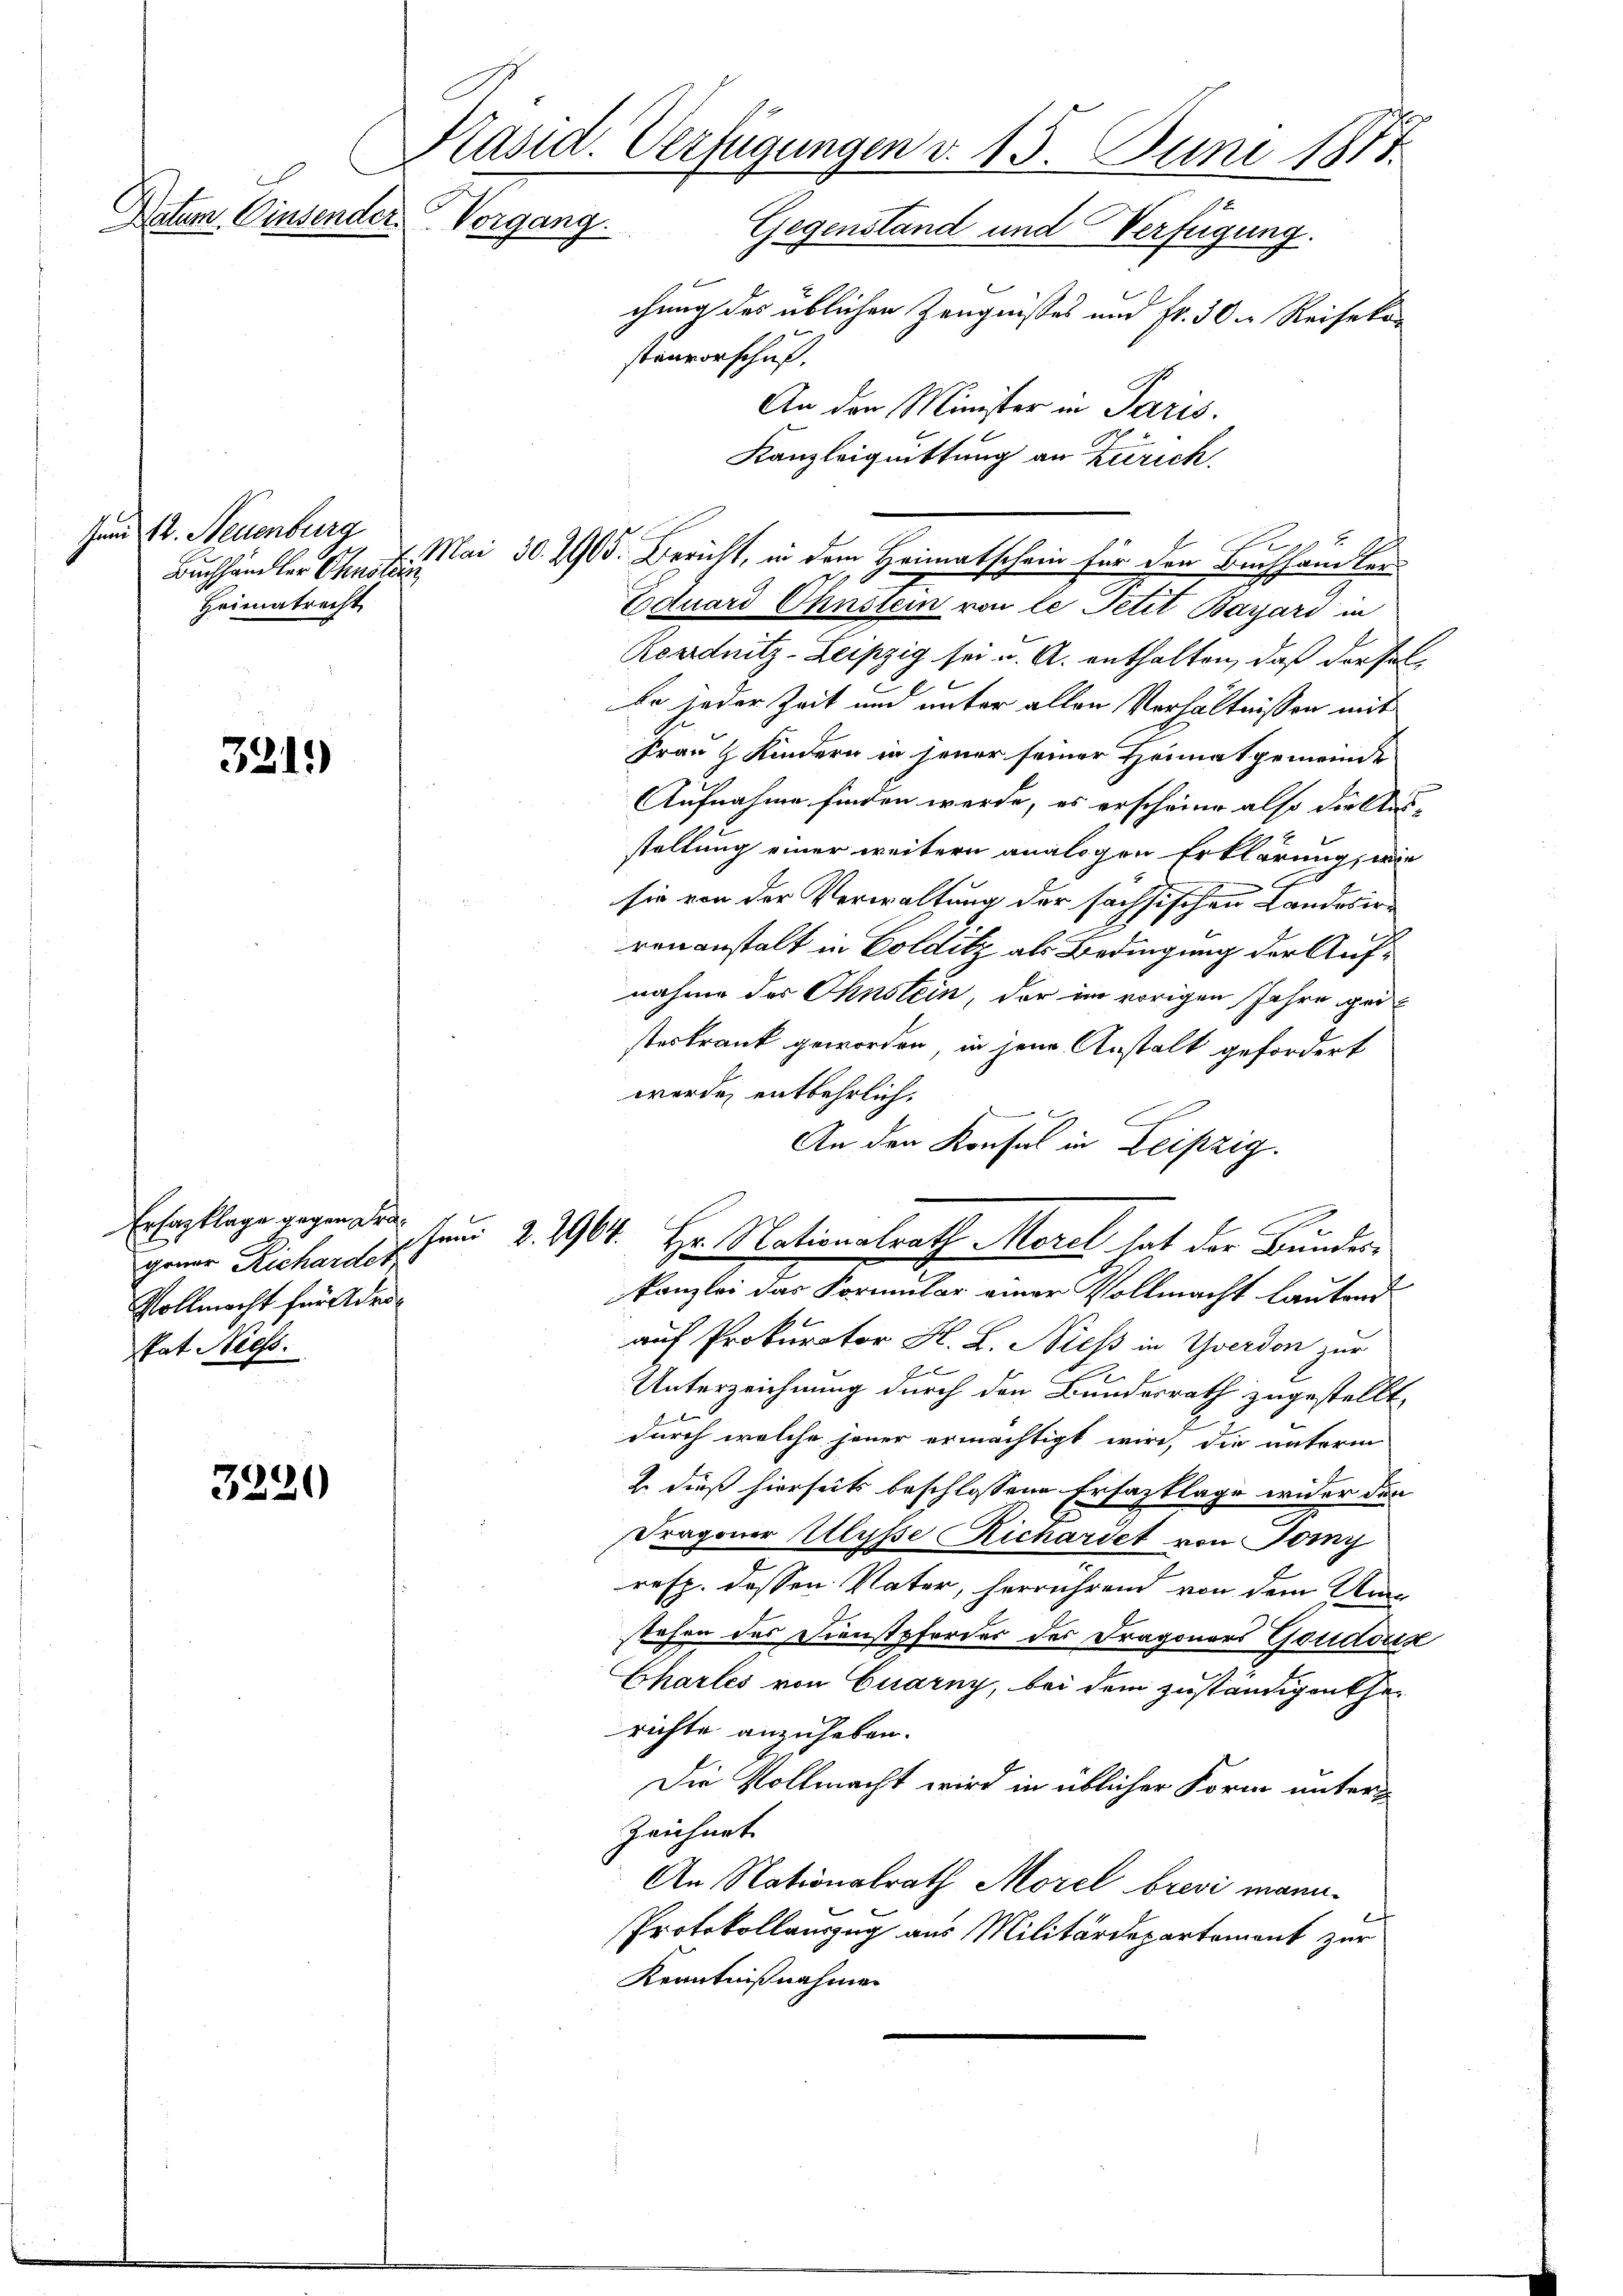
Zum 12. Neuenburg
Heimatrecht

3219)

Erfasklage gegen Fragener Richarder
Vollmacht für Ader¬
Pat Niess.

3229

Präsid. Verfügungen d. 15. Juni 1877.
Datum. Einsender Vorgang
Gegenstand und Verfügung.
chung des üblichen Zeugnisses und Fr. 30  Reisekon

Buchhändler Anstai 30. 1905. Bericht, in dem Heimatschein für den Buchhandler
Eduard Ohnstein von le Petit Bayári in
Acardnitz-Leipzig sei u. A. enthalten, daß der Fal¬
.
be jeder Zeit um unter allen Verhältnissen mit
Frau & Kindern in jener seiner Heimatgemeinde
Aufnahme finden werde, es erscheine also die Aus-
staltung einer weitern analogen Erklärung, wie
sie von der Verwaltung der sachsischen Landesirrenanstalt in Golditz als Bedingung der Aufnahme des Ihnstein, der im vorigen Jahre gesteskrank geworden, in jene Anstalt gefordert
werde entbehrlich.
.
An den Konsul in Leipzig.
Juni 2. 2964.
Hr Nationalrath Morel hat der Bundes-
e
kanzlei das Formular einer Vollmacht lautend
auf Prokurator H. L. Niess in Yverden zur
Unterzeichnung durch den Bundesrath zugestellt,
durch welche jener ermächtigt wird, die unterm
2 dieß hierseits beschlossene Ersatzklage wider den
Dragoner Ulysse Richartet von Tomy
resp. dessen Vater, herrührend von dem Am
stehen des Dienstpferdes der Fragonars Goudonik
Chartes von Quarny, bei dem zuständigen therichte anzuheben.
Die Vollmacht wird in üblicher Form unter¬
Zeichnet
An Nationalrath Morel brevi mann.
Protokollauszug aus Militärdepartement zur
Kenntnißnahmen

stenvorschuf.
An den Minister in Paris.
Kanzleiquittung an Zürich.